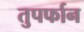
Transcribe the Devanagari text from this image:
तुपर्फान